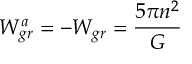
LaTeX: W _ { g r } ^ { a } = - W _ { g r } = { \frac { 5 \pi n ^ { 2 } } { G } }